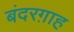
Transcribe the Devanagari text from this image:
बंदरग़ाह